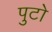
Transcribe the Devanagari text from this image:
पुटो